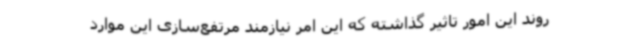
روند این امور تاثیر گذاشته که این امر نیازمند مرتفع‌سازی این موارد